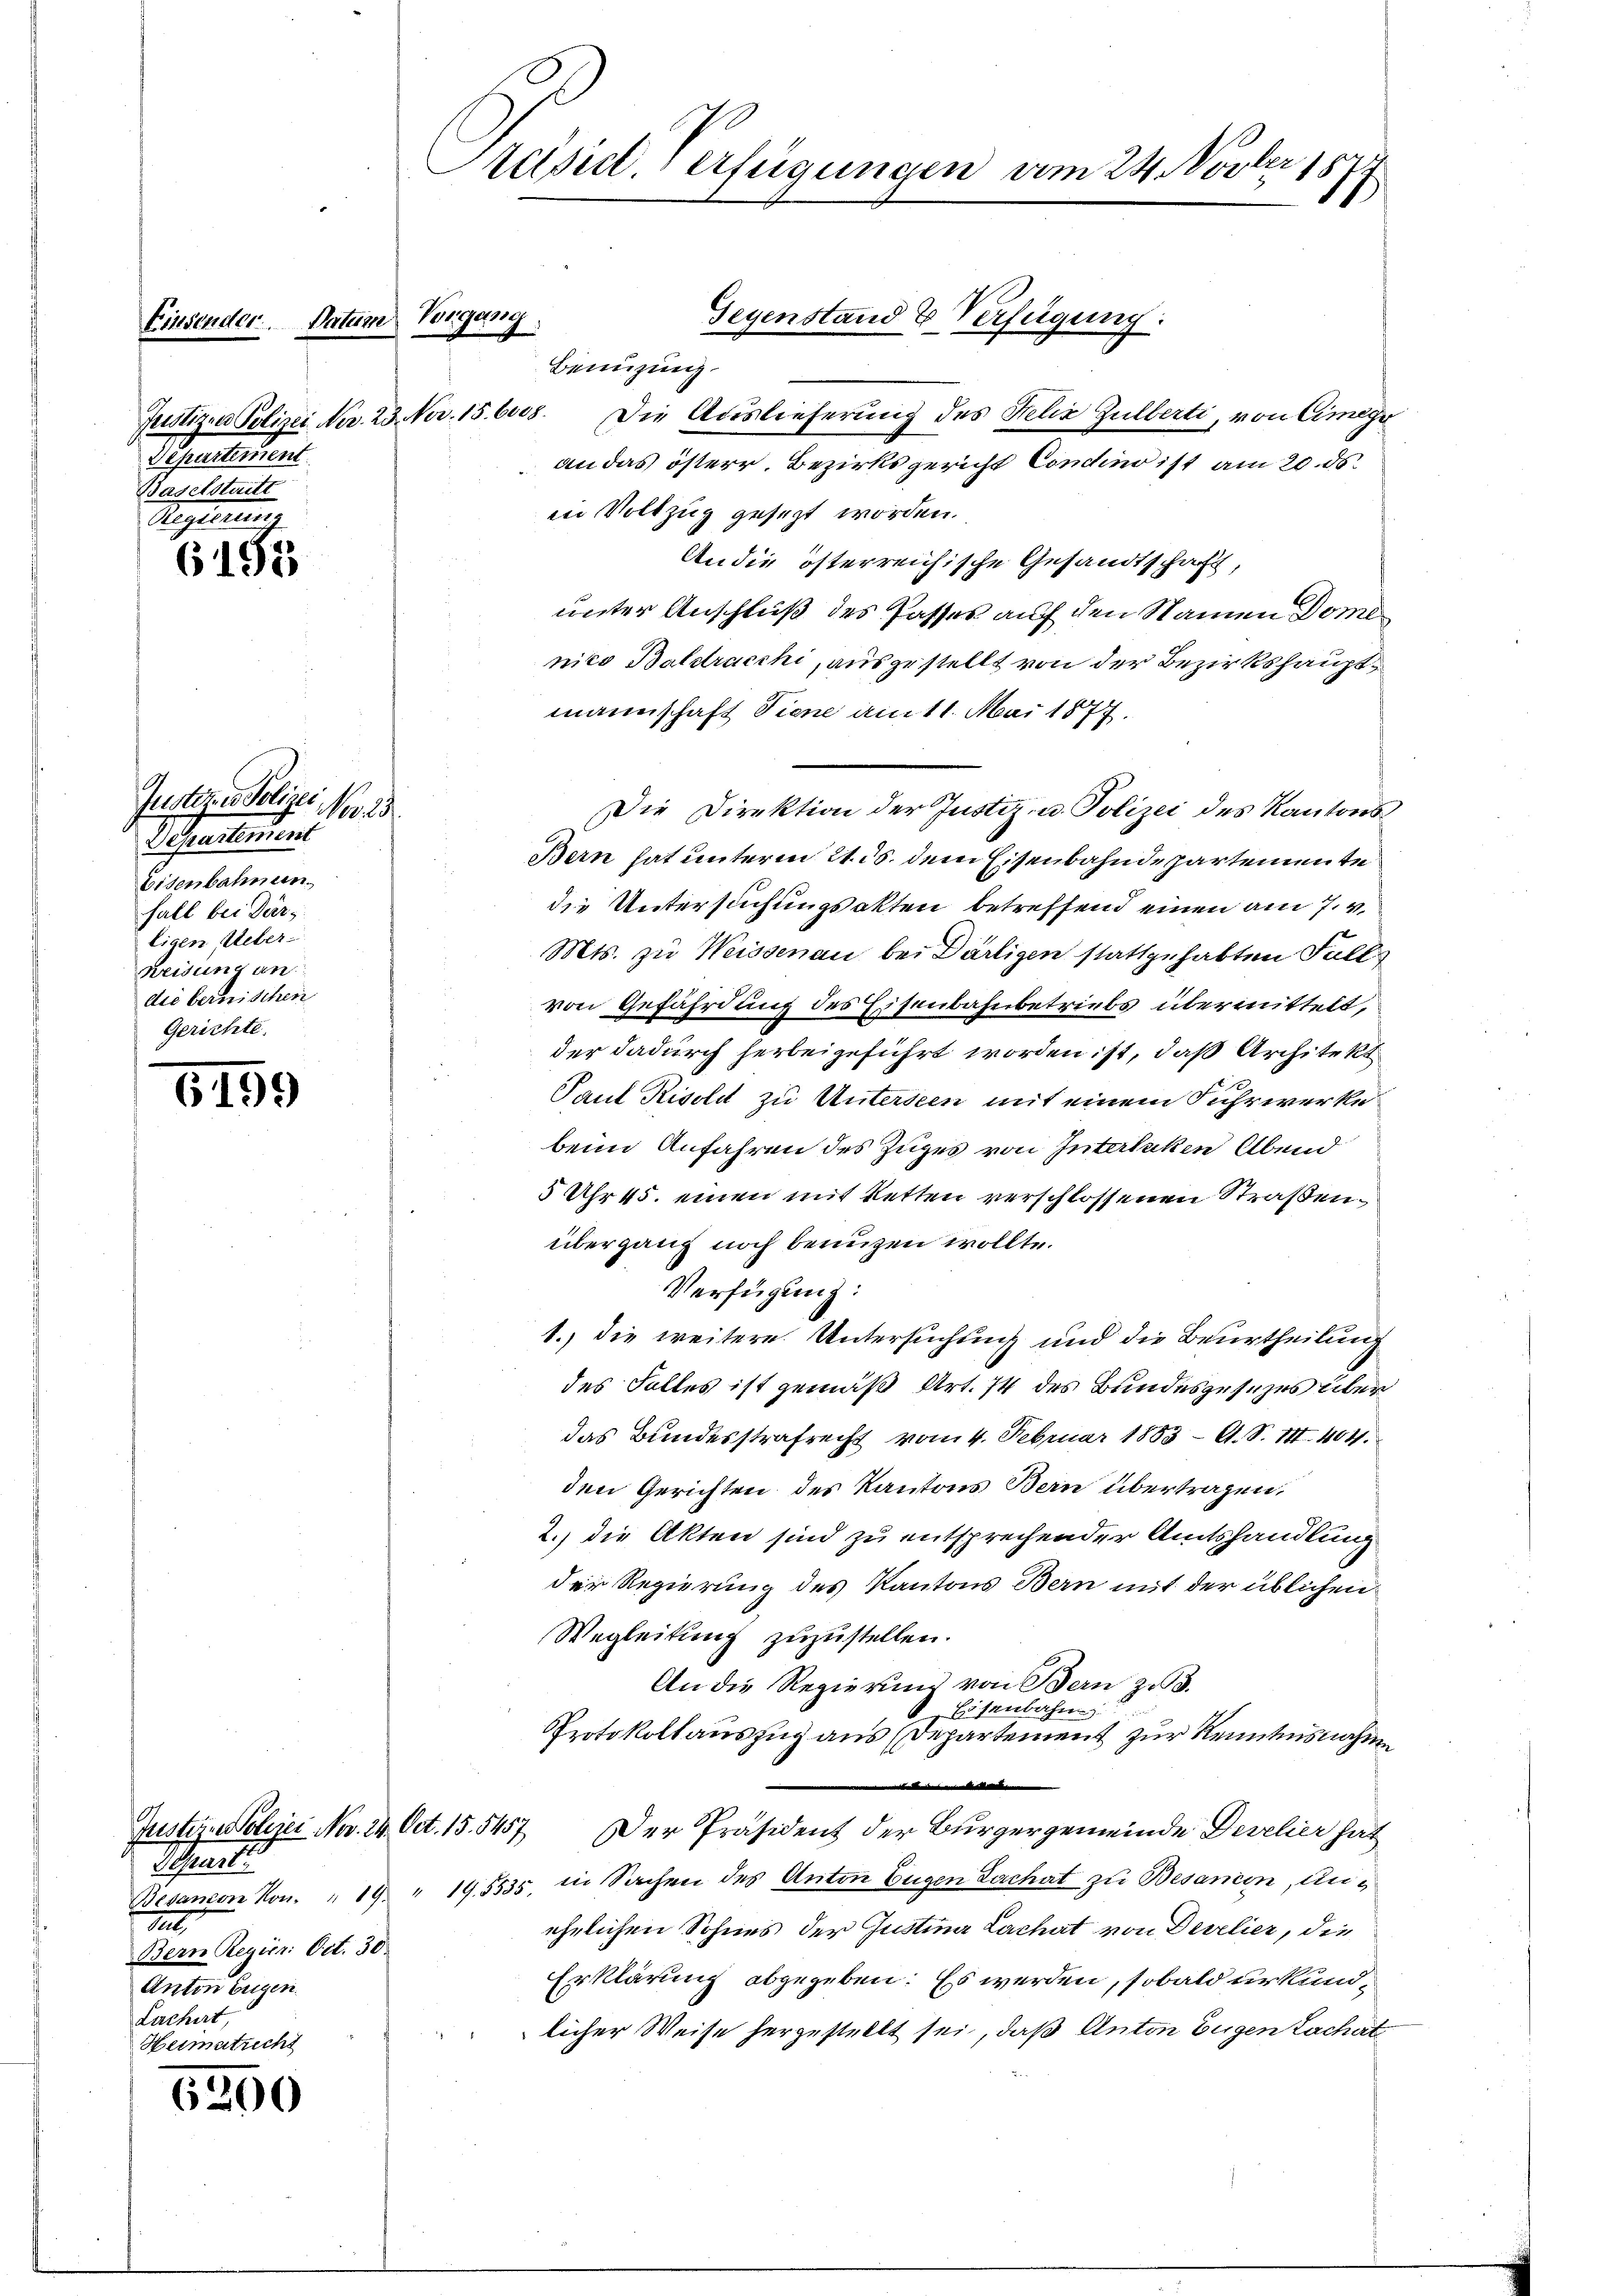
Justizen Polizei Ner. 20
Separtement.
Baselstritt
Regleitung

6193

6159

6200

Einsender Datum Vorgang

Instigensberger
al
Depretirun
Eisenbahnen
fall bei Dir
ligen Ueber-
weisung an
die bernischen
Gerichte.

Schreiti
1
Bern Regier. Oct. 30
Anton Eugen.
Lachirt,
Heimatrecht

Präsid. Verfügungen vom 24. Novber 1877

Gegenstand & Verfügung:
Benuzung

an das österr. Bezirksgericht Concino ist am 20. ds.
in Vollzug gesezt worden.
An die österreichische Gesandtschaft,
unter Anschluß des Passes auf den Namen Dominico Balstracchi, ausgestellt von der Bezirkshauptmannschaft diene am 11. Mai 1877.
Die Direktion der Justiz- u. Polizei des Kantons
Bern hat unterm 21. ds. dem Eisenbahndepartemente
die Untersuchungsakten betreffend einen am 7. v.
Mts. zu Weissenau bei Därtigen stattgehabten Fall
von Gefährdung des Eisenbahnbetriebs übermittelt,
der dadurch herbeigeführt worden ist, daß Architekt
Paul Risch zu Untersein mit einem Fuhrwerke
beim Anfahren des Zuges von Interlaken Abend
5 Uhr 45. einen mit Ketten verschlossenen Straßenübergang noch benuzen wollte.
Verfügung:
1.) die weitere Untersuchung und die Beurtheilung
des Falles ist gemäß Art. 74 des Bundesgesezes über
das Bundesstrafrecht vom 4. Februar 1883 — A. S. III. 404.
den Gerichten des Kantons Bern übertragen.
2. die Akten sind zu entsprechender Amtshandlung
der Regierung des Kantons Bern mit der üblichen
Wegleitung zuzustellen.
An die Regierung von Bern zu 3.
Eisenbahne
Protokollauszug aus (Departement zur Kenntnisnahm
D
Justizoljer Nov. 24. Oct. 15. 5457. Der Präsident der Bürgergemeinde Develier hat
Besanion von. " 19 " 195535, in Sachen des Anton Eugen Lachat zu Besanien, unehelichen Sohnes der Justina Lachat von Derelier, die
Erklärung abgegeben: Es werden, sobald urkundlicher Weise hergestellt sei, daß Anton Eugen Lachat

2. Nov. 156008. Die Auslieferung des Felix Zulberti, von Cimegr